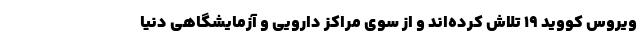
ویروس کووید ۱۹ تلاش کرده‌اند و از سوی مراکز دارویی و آزمایشگاهی دنیا